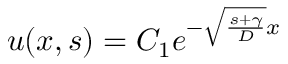
u ( x , s ) = C _ { 1 } e ^ { - \sqrt { \frac { s + \gamma } { D } } x }